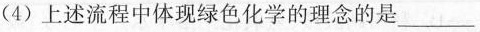
(4) 上述流程中体现绿色化学的理念的是___